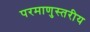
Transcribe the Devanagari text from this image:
परमाणुस्तरीय